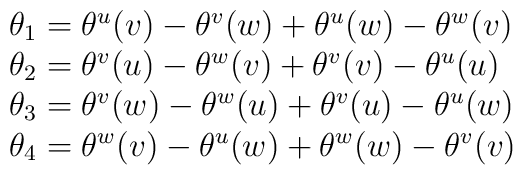
\begin{array}{l}\theta_1=\theta^u(v)-\theta^v(w)+\theta^u(w)-\theta^w(v)\\\theta_2=\theta^v(u)-\theta^w(v)+\theta^v(v)-\theta^u(u)\\\theta_3=\theta^v(w)-\theta^w(u)+\theta^v(u)-\theta^u(w)\\\theta_4=\theta^w(v)-\theta^u(w)+\theta^w(w)-\theta^v(v)\\\end{array}